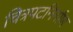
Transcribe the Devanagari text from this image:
चित्रपटनिर्माण